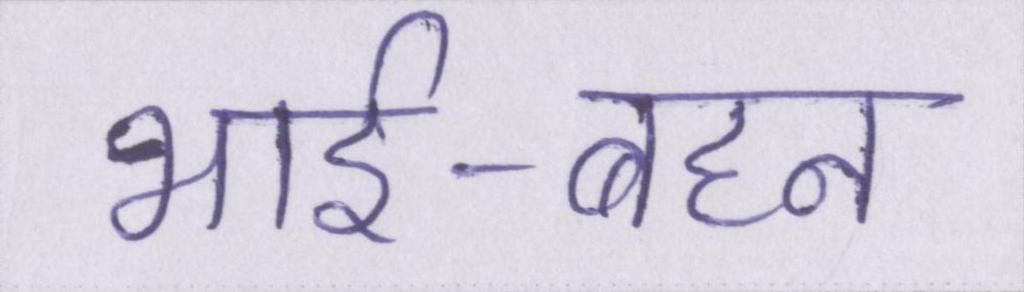
भाई-बहन